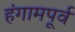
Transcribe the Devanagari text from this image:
हंगामपूर्व